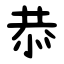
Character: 恭